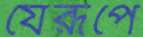
যেরূপে